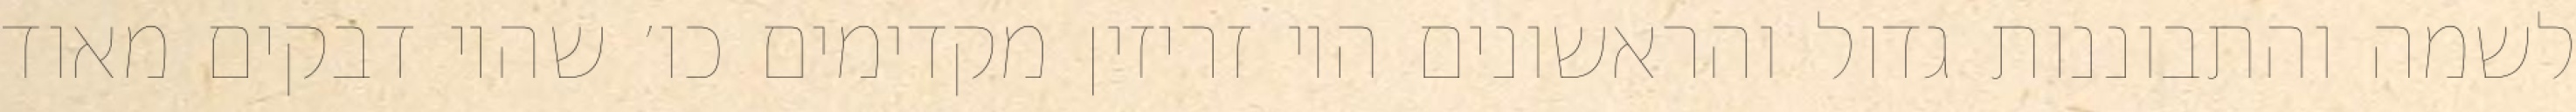
לשמה והתבוננות גדול והראשונים היו זריזין מקדימים כו׳ שהיו דבקים מאוד